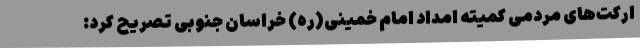
ارکت‌های مردمی کمیته امداد امام خمینی(ره) خراسان جنوبی تصریح کرد: